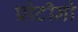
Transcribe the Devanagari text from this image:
प्रोटीनो